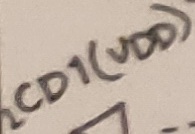
Text: LCD1(VDD)